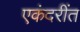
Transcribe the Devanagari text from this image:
एकंदरींत